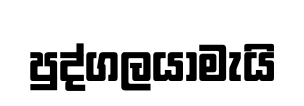
පුද්ගලයාමැයි